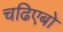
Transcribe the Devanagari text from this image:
चढिएबो